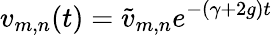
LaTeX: v_{m,n}(t)=\tilde{v}_{m,n}e^{-(\gamma+2g)t}